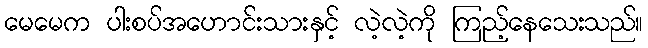
မေမေက ပါးစပ်အဟောင်းသားနှင့် လဲ့လဲ့ကို ကြည့်နေသေးသည်။